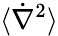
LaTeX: \langle\dot{\nabla}^{2}\rangle